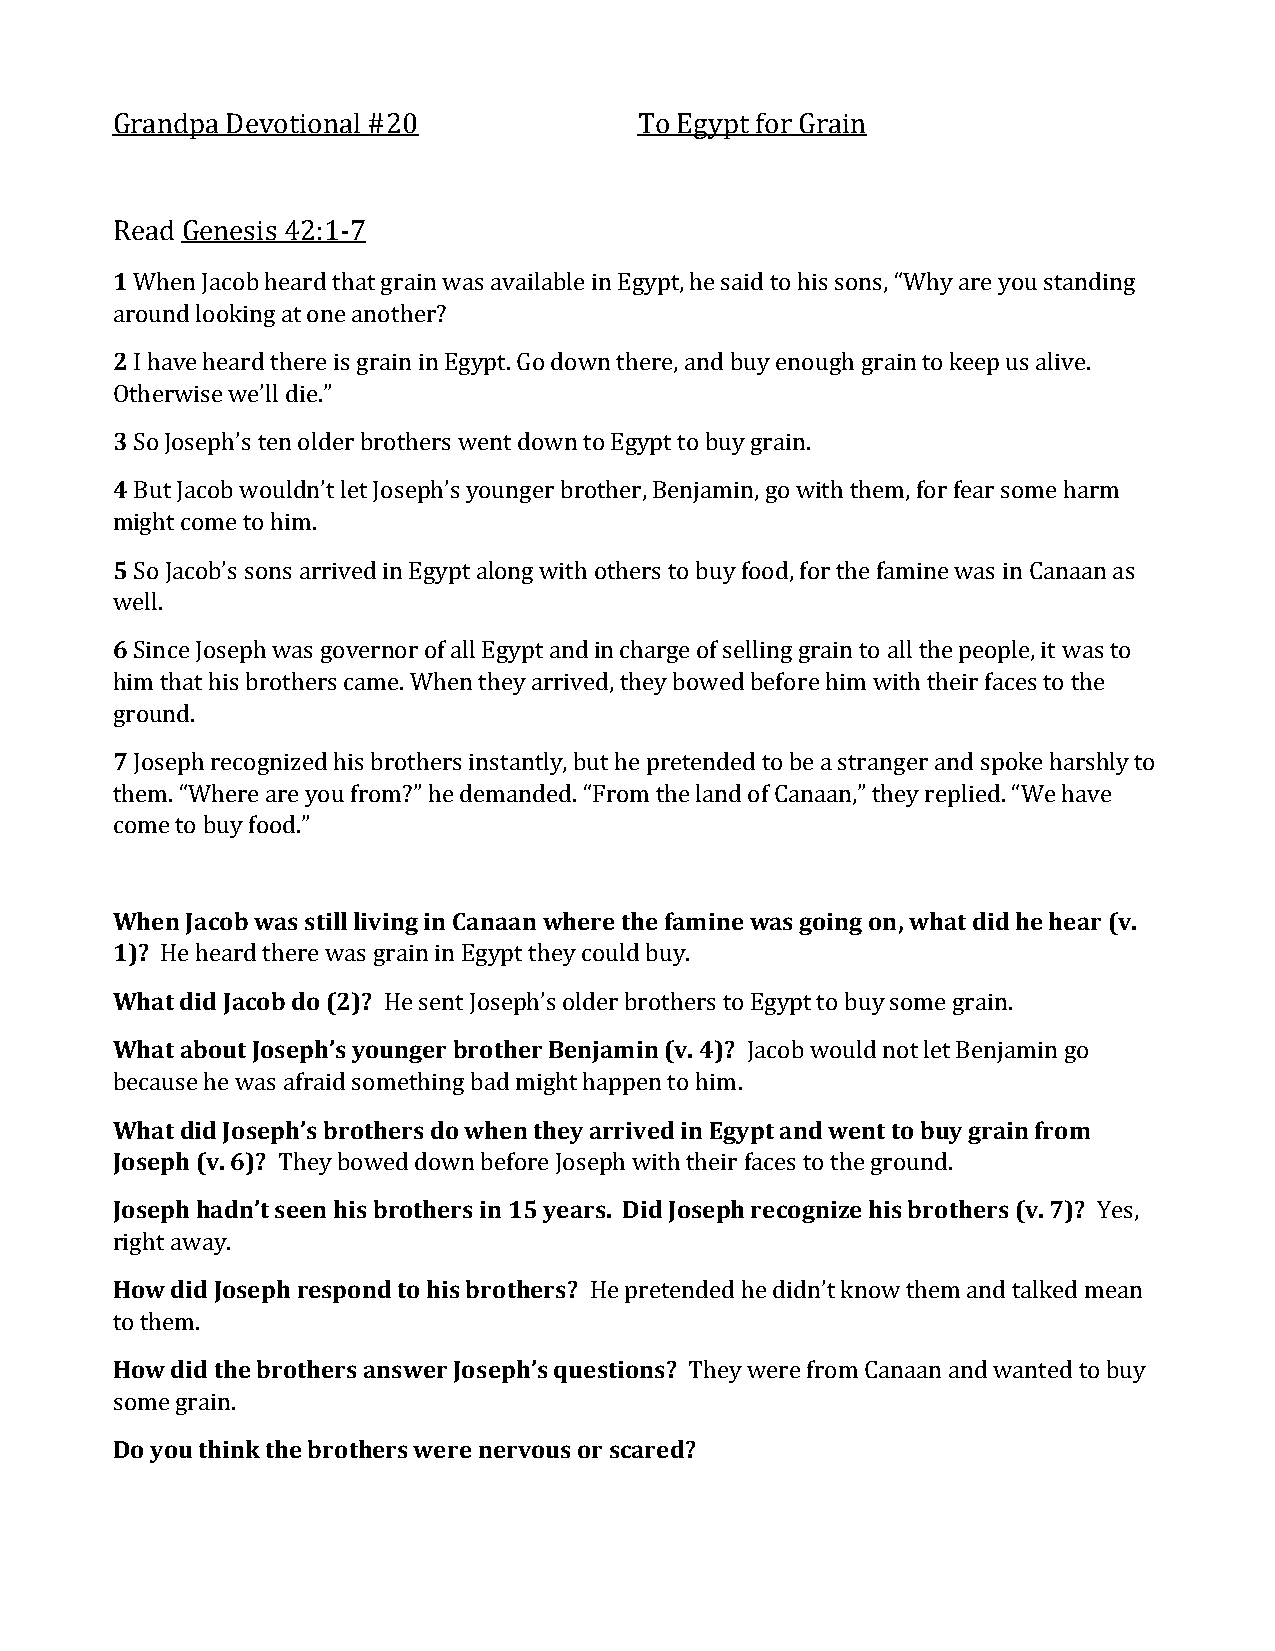
Grandpa Devotional #20             To Egypt for Grain
 Read Genesis 42:1-7
 1 When Jacob heard that grain was available in Egypt, he said to his sons, “Why are you standing
 around looking at one another?
 2 I have heard there is grain in Egypt. Go down there, and buy enough grain to keep us alive.
 Otherwise we’ll die.”
 3 So Joseph’s ten older brothers went down to Egypt to buy grain.
 4 But Jacob wouldn’t let Joseph’s younger brother, Benjamin, go with them, for fear some harm
 might come to him.
 5 So Jacob’s sons arrived in Egypt along with others to buy food, for the famine was in Canaan as
 well.
 6 Since Joseph was governor of all Egypt and in charge of selling grain to all the people, it was to
 him that his brothers came. When they arrived, they bowed before him with their faces to the
 ground.
 7 Joseph recognized his brothers instantly, but he pretended to be a stranger and spoke harshly to
 them. “Where are you from?” he demanded. “From the land of Canaan,” they replied. “We have
 come to buy food.”
 When Jacob was still living in Canaan where the famine was going on, what did he hear (v.
 1)? He heard there was grain in Egypt they could buy.
 What did Jacob do (2)? He sent Joseph’s older brothers to Egypt to buy some grain.
 What about Joseph’s younger brother Benjamin (v. 4)? Jacob would not let Benjamin go
 because he was afraid something bad might happen to him.
 What did Joseph’s brothers do when they arrived in Egypt and went to buy grain from
 Joseph (v. 6)? They bowed down before Joseph with their faces to the ground.
 Joseph hadn’t seen his brothers in 15 years. Did Joseph recognize his brothers (v. 7)? Yes,
 right away.
 How did Joseph respond to his brothers? He pretended he didn’t know them and talked mean
 to them.
 How did the brothers answer Joseph’s questions? They were from Canaan and wanted to buy
 some grain.
 Do you think the brothers were nervous or scared?